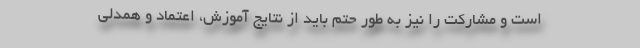
است و مشارکت را نیز به طور حتم باید از نتایج آموزش، اعتماد و همدلی